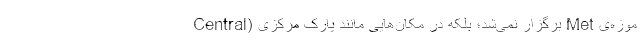
موزه‌ی Met برگزار نمی‌شد؛ بلکه در مکان‌هایی مانند پارک مرکزی (Central